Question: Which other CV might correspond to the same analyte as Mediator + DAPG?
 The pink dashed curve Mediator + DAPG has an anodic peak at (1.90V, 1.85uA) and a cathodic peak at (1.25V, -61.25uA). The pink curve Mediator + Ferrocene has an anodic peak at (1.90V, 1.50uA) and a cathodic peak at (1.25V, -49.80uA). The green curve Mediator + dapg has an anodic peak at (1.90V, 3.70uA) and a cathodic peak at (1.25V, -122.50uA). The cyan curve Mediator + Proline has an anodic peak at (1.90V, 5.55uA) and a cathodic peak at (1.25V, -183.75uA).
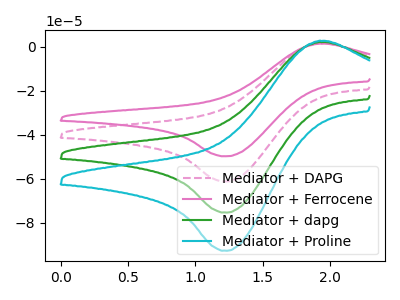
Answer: <think>All the peaks in "Mediator + DAPG" have a peak in "Mediator + Ferrocene" at the same potential. Every peak in "Mediator + DAPG" is higher than every peak in "Mediator + Ferrocene". All the peaks in "Mediator + DAPG" have a peak in "Mediator + dapg" at the same potential. Every peak in "Mediator + DAPG" is lower than every peak in "Mediator + dapg". All the peaks in "Mediator + DAPG" have a peak in "Mediator + Proline" at the same potential. Every peak in "Mediator + DAPG" is lower than every peak in "Mediator + Proline". All the peaks in "Mediator + Ferrocene" have a peak in "Mediator + dapg" at the same potential. Every peak in "Mediator + Ferrocene" is lower than every peak in "Mediator + dapg". All the peaks in "Mediator + Ferrocene" have a peak in "Mediator + Proline" at the same potential. Every peak in "Mediator + Ferrocene" is lower than every peak in "Mediator + Proline". All the peaks in "Mediator + dapg" have a peak in "Mediator + Proline" at the same potential. Every peak in "Mediator + dapg" is lower than every peak in "Mediator + Proline".
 </think>
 <answer>"Mediator + DAPG", "Mediator + dapg" and "Mediator + Proline" have a similar shape to "Mediator + Ferrocene".</answer>
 <eval>"Mediator + DAPG" "Mediator + dapg" "Mediator + Proline"</eval>